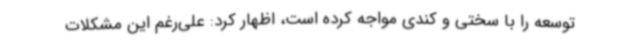
توسعه را با سختی و کندی مواجه کرده است، اظهار کرد: علی‌رغم این مشکلات